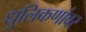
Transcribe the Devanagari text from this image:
धुलिकणांवर